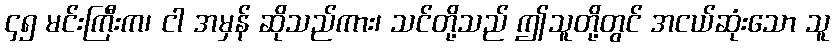
၄၅ မင်းကြီးက၊ ငါ အမှန် ဆိုသည်ကား၊ သင်တို့သည် ဤသူတို့တွင် အငယ်ဆုံးသော သူ